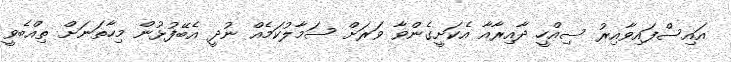
އައިސްފައިވާއިރު ސިއްހީ ދާއިރާއާ އެކަށީގެންވާ ވަރަށް ސަމާލުކަމެއް ނުދީ އެބޭފުޅުން މިހާތަނަށް ތިއްބެވީ